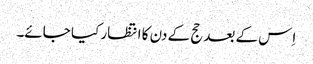
اِس کے بعد حج کے دن کا انتظار کیا جائے۔